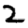
Digit: 2